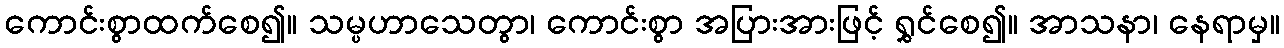
ကောင်းစွာထက်စေ၍။ သမ္ပဟာသေတွာ၊ ကောင်းစွာ အပြားအားဖြင့် ရွှင်စေ၍။ အာသနာ၊ နေရာမှ။